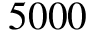
5 0 0 0